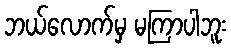
ဘယ်လောက်မှ မကြာပါဘူး